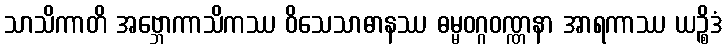
သာသိကာတိ အဗ္ဘောကာသိကဿ ဝိသေသာဓာနဿ ဓမ္မဝဂ္ဂဝဏ္ဏနာ အာရကာဿ ယဉ္စိဒံ